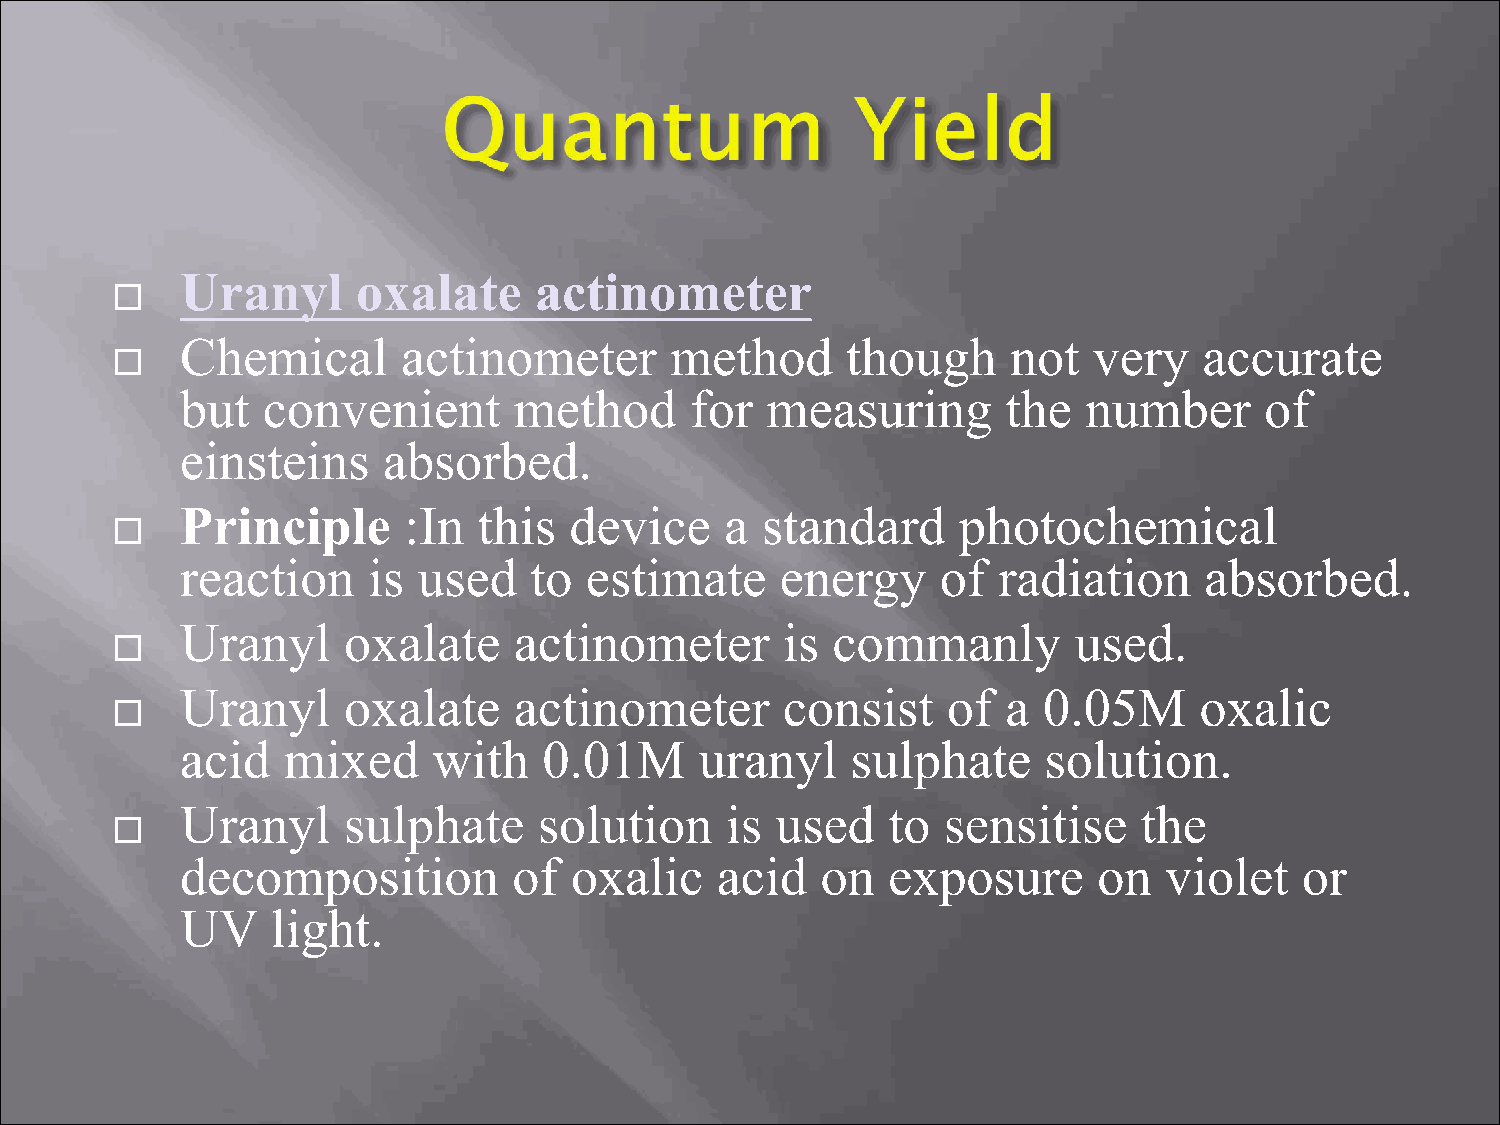
Uranyl      oxalate    actinometer
 
 Chemical       actinometer      method      though     not  very    accurate
 
 but  convenient       method      for  measuring       the  number      of
 einsteins    absorbed.
 Principle      :In  this  device    a standard     photochemical
 
 reaction    is  used   to  estimate     energy    of  radiation     absorbed.
 Uranyl     oxalate    actinometer       is commanly        used.
 
 Uranyl     oxalate    actinometer       consist    of  a 0.05M     oxalic
 
 acid   mixed     with   0.01M     uranyl    sulphate     solution.
 Uranyl     sulphate     solution    is used    to sensitise     the
 
 decomposition         of  oxalic   acid   on   exposure      on  violet   or
 UV    light.